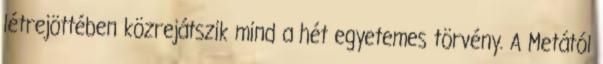
létrejöttében közrejátszik mind a hét egyetemes törvény. A Metától